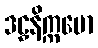
ဒဠှနိက္ကမော